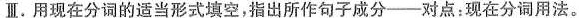
Ⅲ.用现在分词的适当形式填空，指出所作句子成分——对点：现在分词用法。